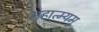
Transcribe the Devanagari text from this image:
महात्म्यमु